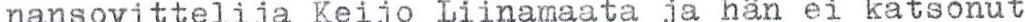
nansovittelija Keijo Liinamaata ja hän ei katsonut